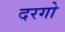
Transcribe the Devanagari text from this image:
दरगो